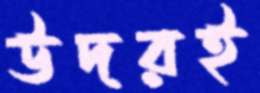
উদরই